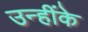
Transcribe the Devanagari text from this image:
उन्हींके